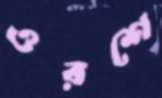
ওরশে